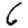
Digit: 6